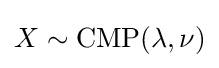
X\sim \mathrm {CMP} (\lambda ,\nu )